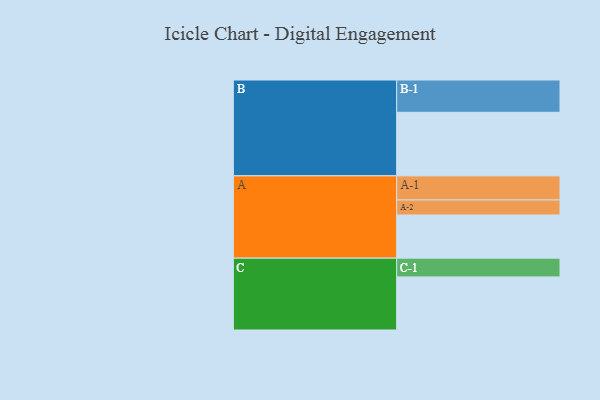
{"axis": {"x": "Segment", "y": "Value"}, "legend": ["", "A", "B", "C"], "data": [{"x": "A", "y": 322, "type": ""}, {"x": "B", "y": 474, "type": ""}, {"x": "C", "y": 396, "type": ""}, {"x": "A-1", "y": 180, "type": "A"}, {"x": "A-2", "y": 112, "type": "A"}, {"x": "B-1", "y": 241, "type": "B"}, {"x": "C-1", "y": 140, "type": "C"}]}